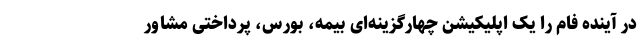
در آینده فام را یک اپلیکیشن چهارگزینه‌ای بیمه، بورس، پرداختی مشاور